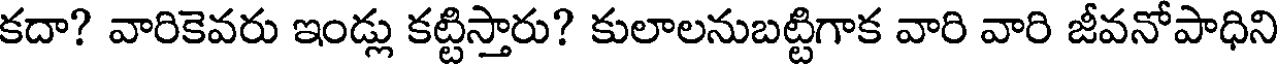
కదా? వారికెవరు ఇండ్లు కట్టిస్తారు? కులాలనుబట్టిగాక వారి వారి జీవనోపాధిని